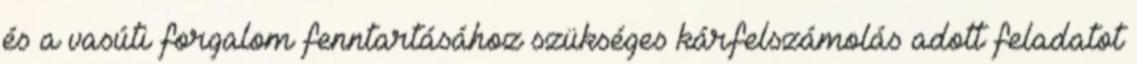
és a vasúti forgalom fenntartásához szükséges kárfelszámolás adott feladatot